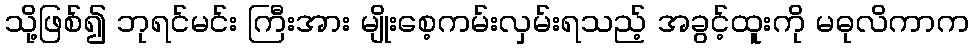
သို့ဖြစ်၍ ဘုရင်မင်း ကြီးအား မျိုးစေ့ကမ်းလှမ်းရသည့် အခွင့်ထူးကို မဓုလိကာက